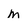
Character: m